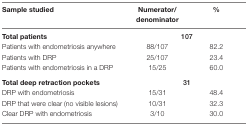
| Sample studied | Numerator/denominator | % |
 | --- | --- | --- |
 | Total patients | <COLSPAN=2> 107 |
 | Patients with endometriosis anywhere | 88/107 | 82.2 |
 | Patients with DRP | 25/107 | 23.4 |
 | Patients with endometriosis in a DRP | 15/25 | 60.0 |
 | Total deep retraction pockets | <COLSPAN=2> 31 |
 | DRP with endometriosis | 15/31 | 48.4 |
 | DRP that were clear (no visible lesions) | 10/31 | 32.3 |
 | Clear DRP with endometriosis | 3/10 | 30.0 |